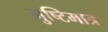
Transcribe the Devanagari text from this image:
मुष्टिमात्र